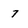
Character: 7